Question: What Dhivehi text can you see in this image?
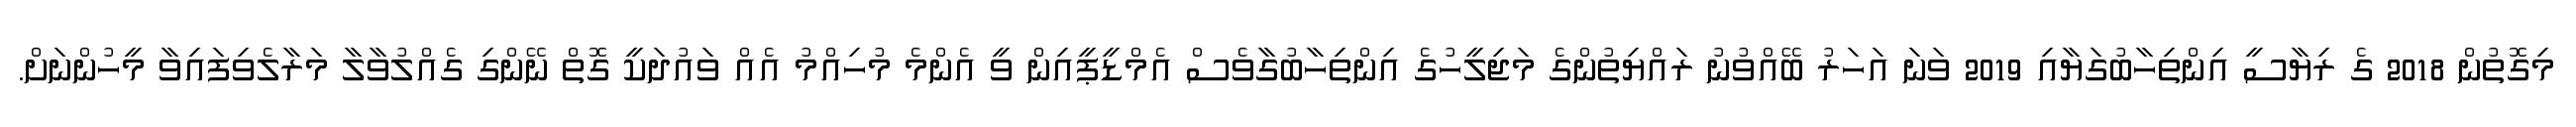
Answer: މިގޮތުން 2018 ގެ ރިޔާސީ އިންތިހާބުގަޔާއި 2019 ވަނަ އަހަރު ބޭއްވުނު ރައްޔިތުންގެ މަޖިލީހުގެ އިންތިހާބުގާވެސް އެމްޑީޕީއިން ވީ އެންމެ މުހިއްމު އެއް ވައުދަކީ ގޮތް ނޭންގި ގެއްލުވާލާ މަރާލެވިފައިވާ މީހުންނަށް.